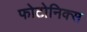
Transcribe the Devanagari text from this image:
फोटोनिक्स